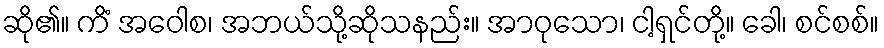
ဆို၏။ ကိံ အဝေါစ၊ အဘယ်သို့ဆိုသနည်း။ အာဝုသော၊ ငါ့ရှင်တို့။ ခေါ၊ စင်စစ်။